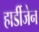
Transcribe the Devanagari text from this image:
हार्डीजेन